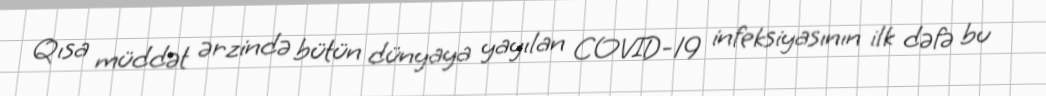
Qısa müddət ərzində bütün dünyaya yayılan COVID-19 infeksiyasının ilk dəfə bu